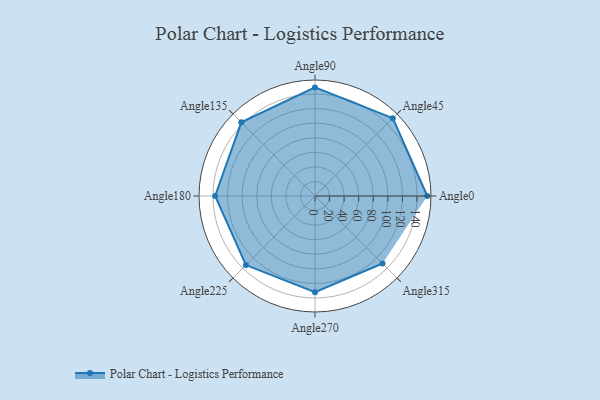
{"axis": {"x": "Angle", "y": "Radius"}, "legend": [""], "data": [{"x": "Angle0", "y": 154.0, "type": ""}, {"x": "Angle45", "y": 151.0, "type": ""}, {"x": "Angle90", "y": 149.0, "type": ""}, {"x": "Angle135", "y": 143.0, "type": ""}, {"x": "Angle180", "y": 137.0, "type": ""}, {"x": "Angle225", "y": 134.0, "type": ""}, {"x": "Angle270", "y": 132.0, "type": ""}, {"x": "Angle315", "y": 131.0, "type": ""}]}